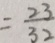
= \frac { 2 3 } { 3 2 }